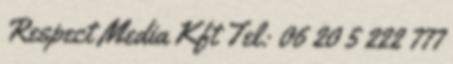
Respect Media Kft Tel: 06 20 5 222 777